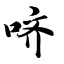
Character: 哜